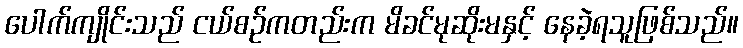
ပေါက်ကျိုင်းသည် ငယ်စဉ်ကတည်းက မိခင်မုဆိုးမနှင့် နေခဲ့ရသူဖြစ်သည်။